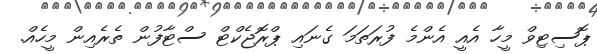
ޕޮސިޓިވް މީހާ އެއީ އެންމެ ފުރަތަމަ ގެނައި ޕްރޮޖެކްޓް ސްޓާފުން ތެރެއިން މީހެއް.